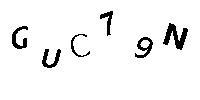
GUC79N